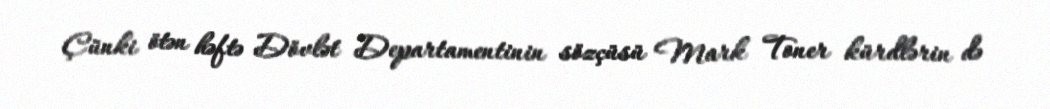
Çünki ötən həftə Dövlət Departamentinin sözçüsü Mark Toner kürdlərin də